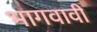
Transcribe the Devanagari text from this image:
भागवावी